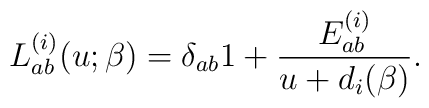
L_{ab}^{(i)}(u;\beta) = \delta_{ab}1 + \frac{E_{ab}^{(i)}}{u + d_i(\beta)}.